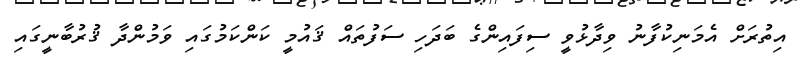
އިތުރަށް އެމަނިކުފާނު ވިދާޅުވީ ސިފައިންގެ ބަދަހި ސަފުތައް ޤައުމީ ކަންކަމުގައި ވަމުންދާ ޤުރުބާނީގައި